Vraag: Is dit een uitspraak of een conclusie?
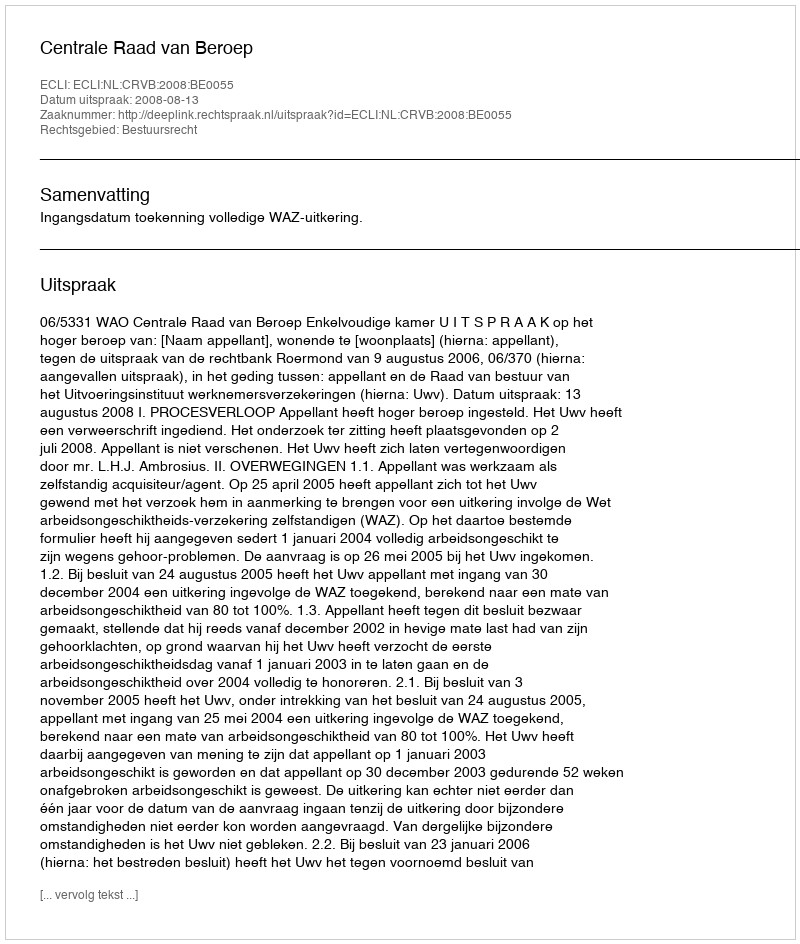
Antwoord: Uitspraak